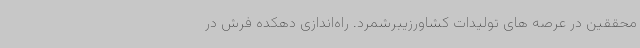
محققین در عرصه های تولیدات کشاورزیبرشمرد. راه‌اندازی دهکده فرش در